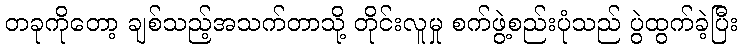
တခုကိုတော့ ချစ်သည့်အသက်တာသို့ တိုင်းလူမှု စက်ဖွဲ့စည်းပုံသည် ပွဲထွက်ခဲ့ပြီး